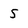
Character: 5